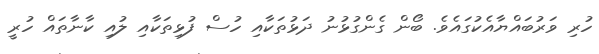
ހުރި ވަރުބައްޔާއެކުގައެވެ. ބޯން ގެންގުޅުނު ދަޅުތަކާއި ހުސް ފުޅިތަކާއި ލުއި ކާނާތައް ހުރީ